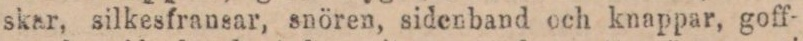
skar, silkesfransar, snören, sidenband och knappar, goff-